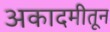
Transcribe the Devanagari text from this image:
अकादमीतून